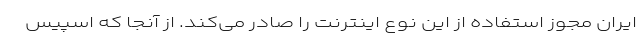
ایران مجوز استفاده از این نوع اینترنت را صادر می‌کند. از آنجا که اسپیس